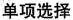
单项选择